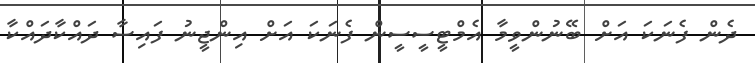
ދެން ފެނަކަ އަށް ބޭނުންވީމާ އެމްޓީސީސީން ފެނަކަ އަށް އިންޖީނު ފައިސާ ދައްކާދައްކާ